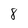
Character: 8